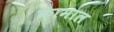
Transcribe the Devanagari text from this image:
कामाल